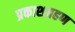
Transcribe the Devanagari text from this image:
प्रकाशग्रहण